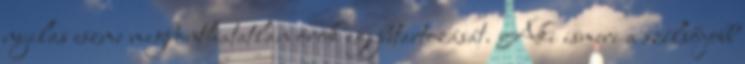
nyilas eszme megbonthatatlan örök egybetartozását. Aki ismeri a szélsőjobb